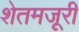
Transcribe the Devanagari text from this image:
शेतमजूरी